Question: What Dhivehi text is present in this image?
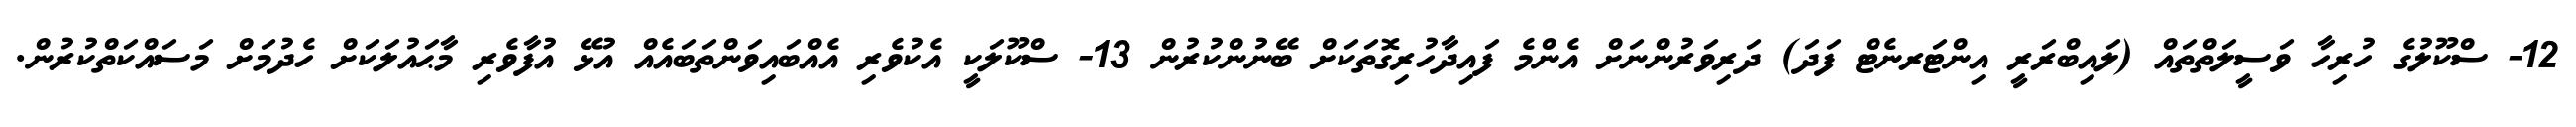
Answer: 12- ސްކޫލުގެ ހުރިހާ ވަސީލަތްތައް (ލައިބްރަރީ އިންޓަރނެޓް ފަދަ) ދަރިވަރުންނަށް އެންމެ ފައިދާހުރިގޮތަކަށް ބޭނުންކުރުން 13- ސްކޫލަކީ އެކުވެރި އެއްބައިވަންތަބައެއް އުޅޭ އުފާވެރި މާޙައުލަކަށް ހެދުމަށް މަސައްކަތްކުރުން.